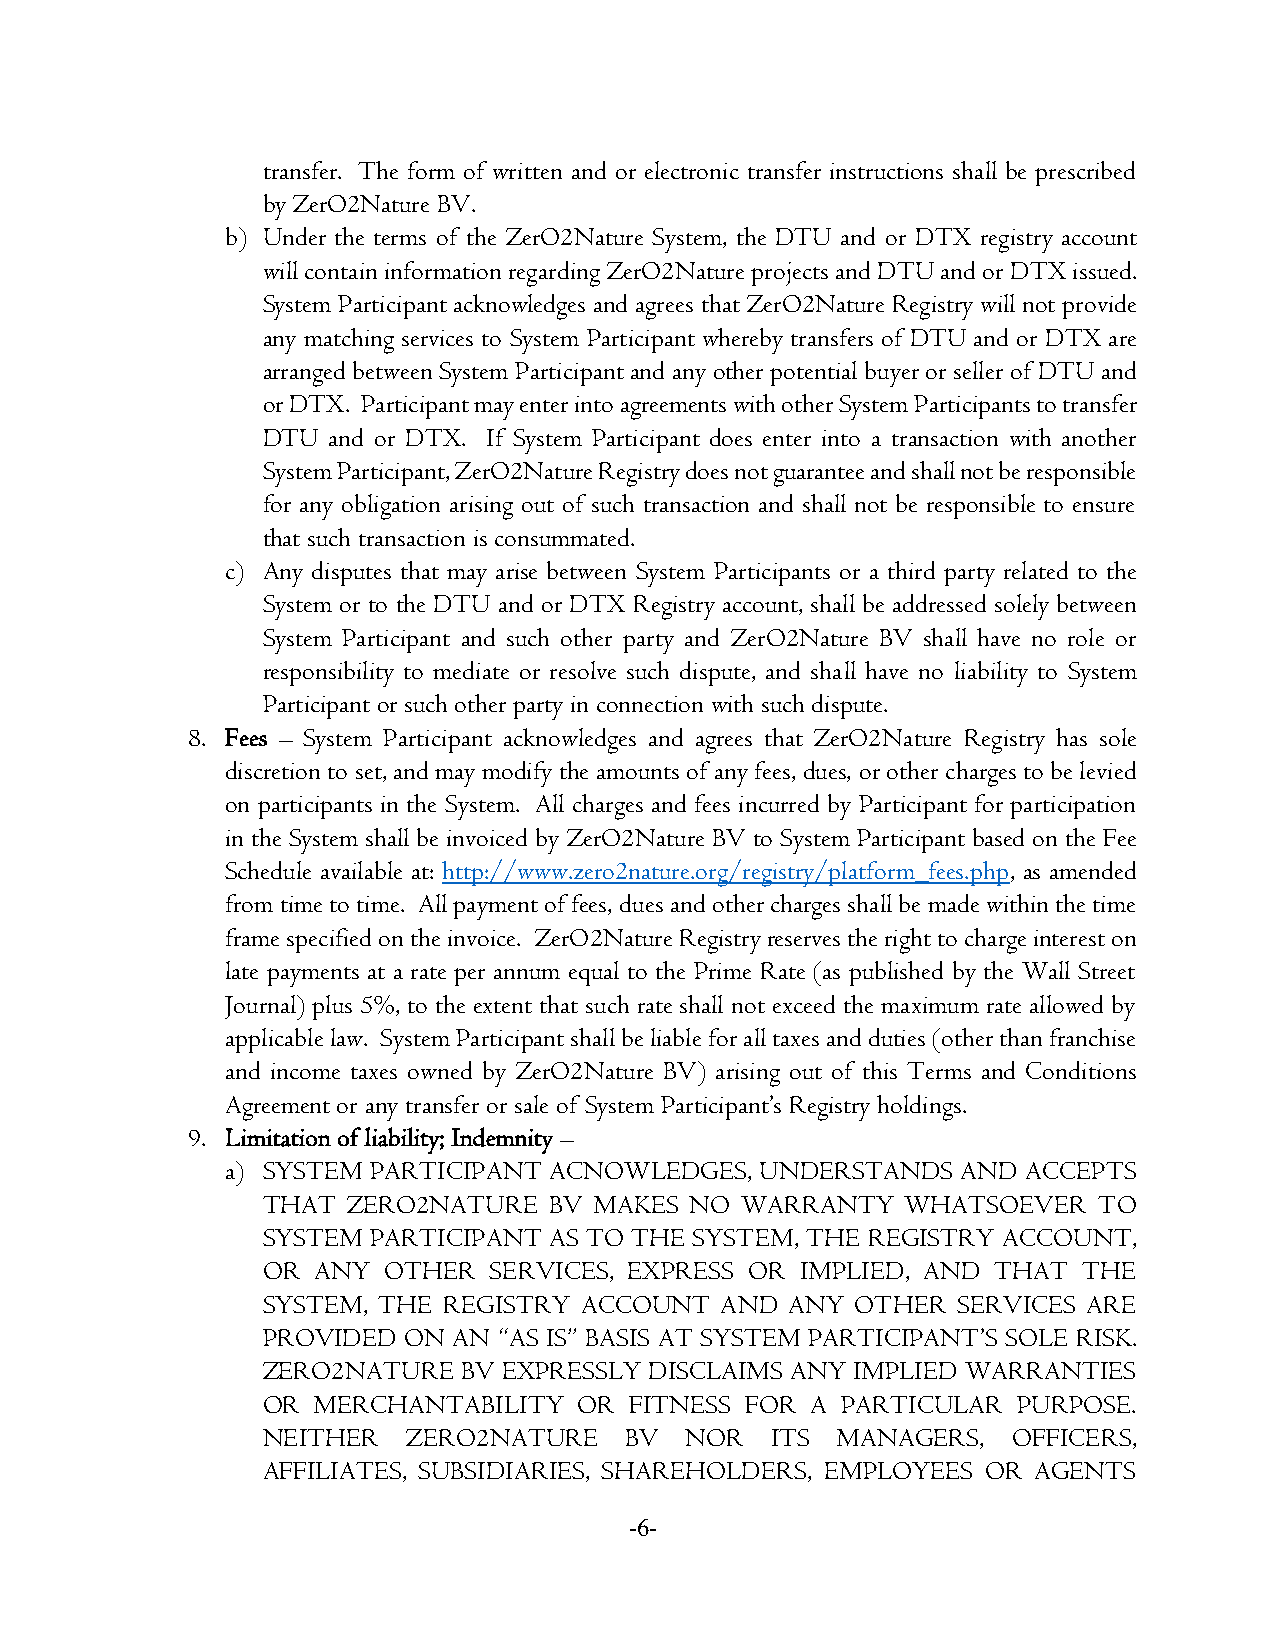
transfer. The form of written and or electronic transfer instructions shall be prescribed
 by ZerO2Nature BV.
 b) Under the terms of the ZerO2Nature System, the DTU and or DTX registry account
 will contain information regarding ZerO2Nature projects and DTU and or DTX issued.
 System Participant acknowledges and agrees that ZerO2Nature Registry will not provide
 any matching services to System Participant whereby transfers of DTU and or DTX are
 arranged between System Participant and any other potential buyer or seller of DTU and
 or DTX. Participant may enter into agreements with other System Participants to transfer
 DTU  and or DTX. If System Participant does enter into a transaction with another
 System Participant, ZerO2Nature Registry does not guarantee and shall not be responsible
 for any obligation arising out of such transaction and shall not be responsible to ensure
 that such transaction is consummated.
 c) Any disputes that may arise between System Participants or a third party related to the
 System or to the DTU and or DTX Registry account, shall be addressed solely between
 System Participant and such other party and ZerO2Nature BV shall have no role or
 responsibility to mediate or resolve such dispute, and shall have no liability to System
 Participant or such other party in connection with such dispute.
 8. Fees – System Participant acknowledges and agrees that ZerO2Nature Registry has sole
 discretion to set, and may modify the amounts of any fees, dues, or other charges to be levied
 on participants in the System. All charges and fees incurred by Participant for participation
 in the System shall be invoiced by ZerO2Nature BV to System Participant based on the Fee
 Schedule available at: http://www.zero2nature.org/registry/platform_fees.php, as amended
 from time to time. All payment of fees, dues and other charges shall be made within the time
 frame specified on the invoice. ZerO2Nature Registry reserves the right to charge interest on
 late payments at a rate per annum equal to the Prime Rate (as published by the Wall Street
 Journal) plus 5%, to the extent that such rate shall not exceed the maximum rate allowed by
 applicable law. System Participant shall be liable for all taxes and duties (other than franchise
 and income taxes owned by ZerO2Nature BV) arising out of this Terms and Conditions
 Agreement or any transfer or sale of System Participant’s Registry holdings.
 9. Limitation of liability; Indemnity –
 a) SYSTEM PARTICIPANT ACNOWLEDGES, UNDERSTANDS   AND ACCEPTS
 THAT  ZERO2NATURE  BV MAKES  NO WARRANTY   WHATSOEVER   TO
 SYSTEM  PARTICIPANT AS TO THE SYSTEM, THE REGISTRY ACCOUNT,
 OR  ANY OTHER  SERVICES, EXPRESS OR IMPLIED, AND THAT  THE
 SYSTEM, THE REGISTRY ACCOUNT   AND ANY  OTHER SERVICES ARE
 PROVIDED  ON AN “AS IS” BASIS AT SYSTEM PARTICIPANT’S SOLE RISK.
 ZERO2NATURE   BV EXPRESSLY DISCLAIMS ANY IMPLIED WARRANTIES
 OR  MERCHANTABILITY  OR  FITNESS FOR A PARTICULAR PURPOSE.
 NEITHER   ZERO2NATURE   BV  NOR   ITS MANAGERS,   OFFICERS,
 AFFILIATES, SUBSIDIARIES, SHAREHOLDERS, EMPLOYEES OR AGENTS
 -6-